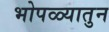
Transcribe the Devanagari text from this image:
भोपळ्यातुन